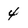
Character: 4